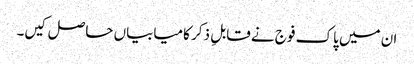
ان میں پاک فوج نے قابلِ ذکر کامیابیاں حاصل کیں۔